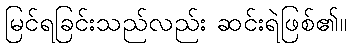
မြင်ရခြင်းသည်လည်း ဆင်းရဲဖြစ်၏။